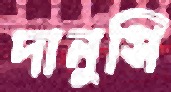
দানুসি